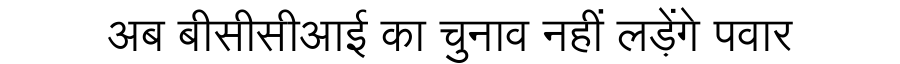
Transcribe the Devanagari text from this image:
अब बीसीसीआई का चुनाव नहीं लड़ेंगे पवार